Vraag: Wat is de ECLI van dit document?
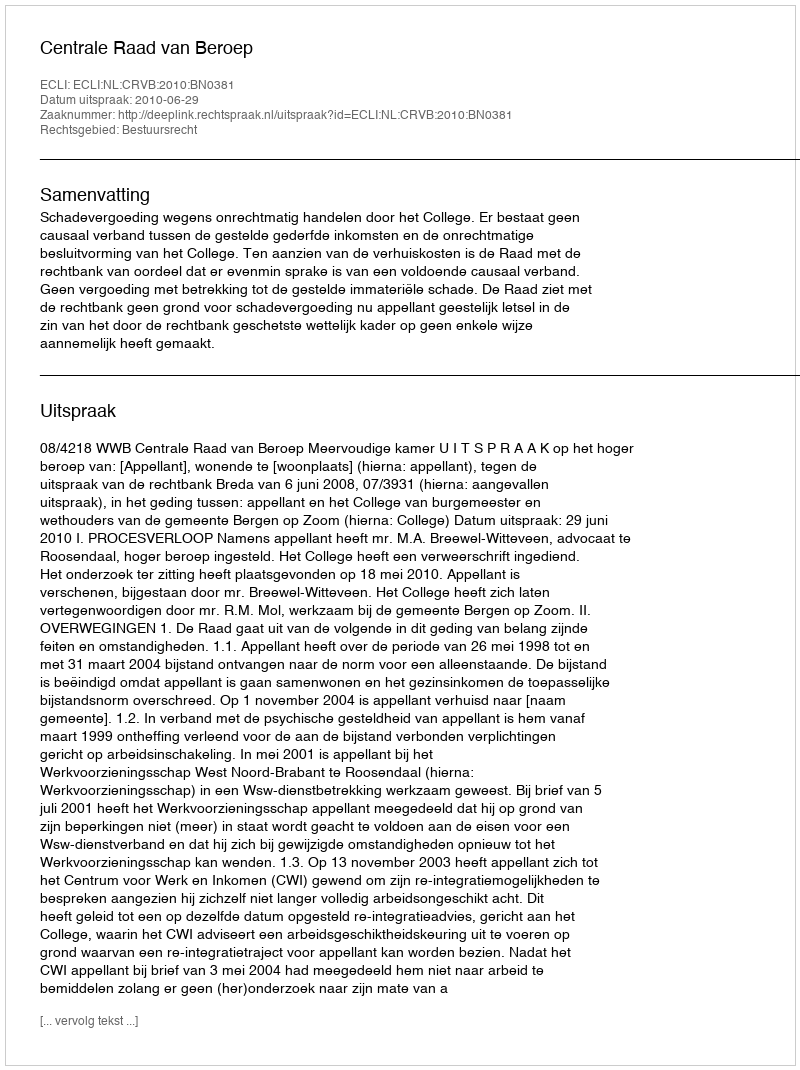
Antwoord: ECLI:NL:CRVB:2010:BN0381